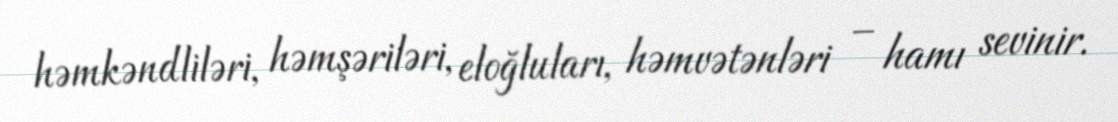
həmkəndliləri, həmşəriləri, eloğluları, həmvətənləri – hamı sevinir.